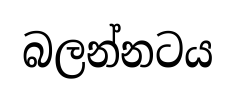
බලන්නටය